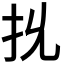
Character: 𭠐